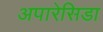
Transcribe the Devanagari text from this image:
अपारेसिडा